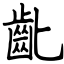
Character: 齔